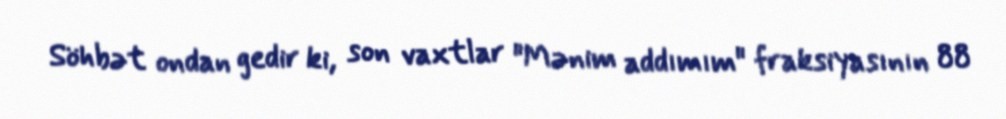
Söhbət ondan gedir ki, son vaxtlar "Mənim addımım" fraksiyasının 88